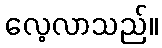
လေ့လာသည်။